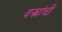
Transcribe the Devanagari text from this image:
वस्त्रांची